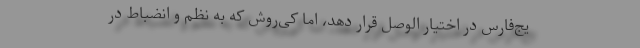
یج‌فارس در اختیار الوصل قرار دهد، اما کی‌روش که به نظم و انضباط در